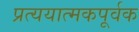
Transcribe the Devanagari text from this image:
प्रत्ययात्मकपूर्वक